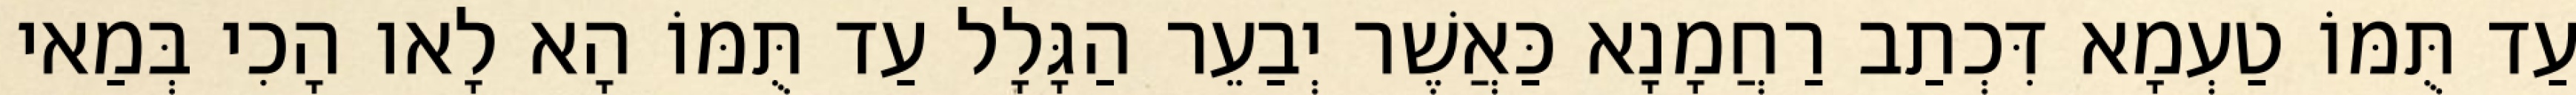
עַד תֻּמּוֹ טַעְמָא דִּכְתַב רַחֲמָנָא כַּאֲשֶׁר יְבַעֵר הַגָּלָל עַד תֻּמּוֹ הָא לָאו הָכִי בְּמַאי